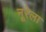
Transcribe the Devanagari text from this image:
नूरेला